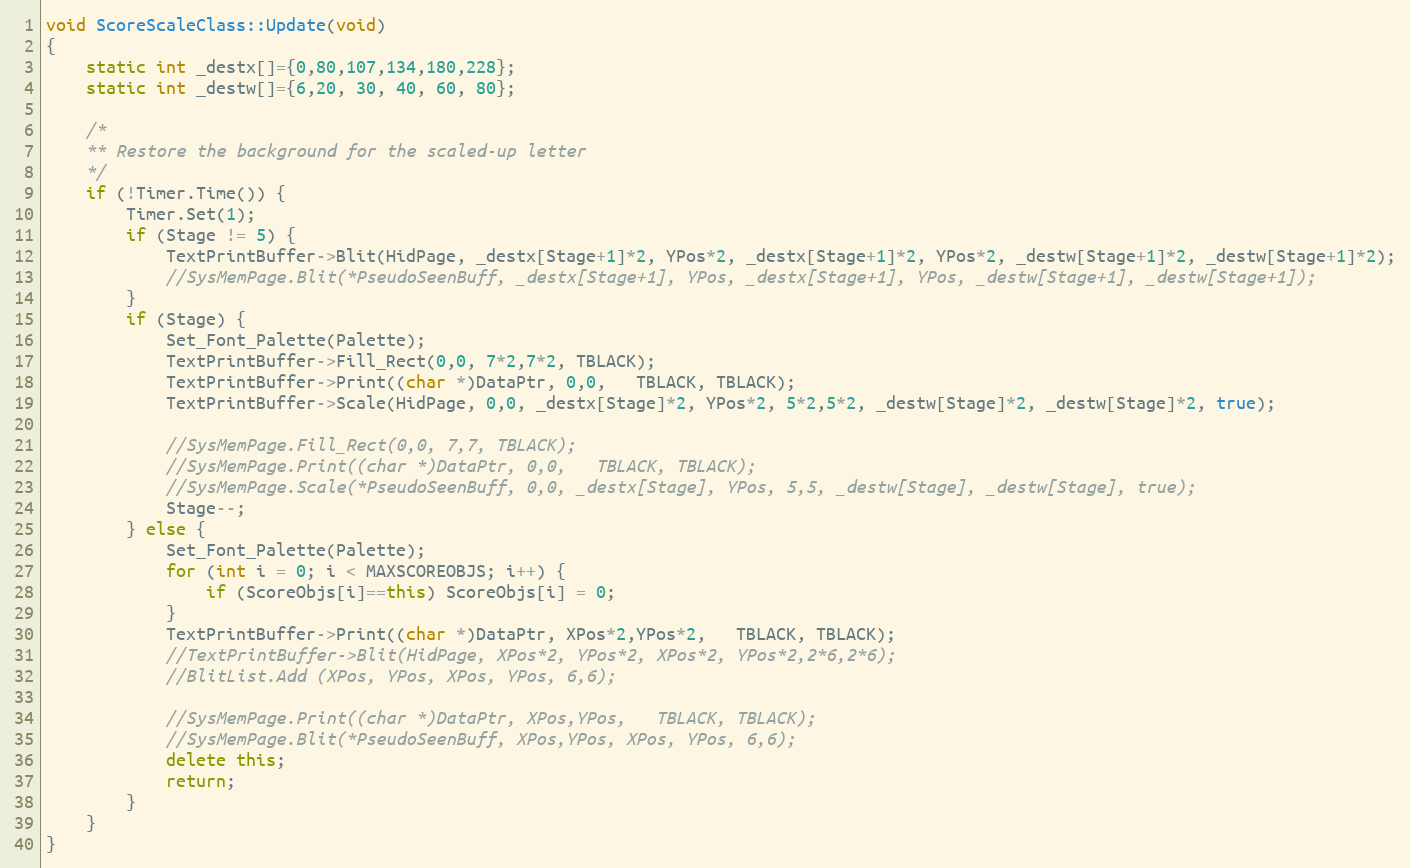
Language: C++
void ScoreScaleClass::Update(void)
{
	static int _destx[]={0,80,107,134,180,228};
	static int _destw[]={6,20, 30, 40, 60, 80};

	/*
	** Restore the background for the scaled-up letter
	*/
	if (!Timer.Time()) {
		Timer.Set(1);
		if (Stage != 5) {
			TextPrintBuffer->Blit(HidPage, _destx[Stage+1]*2, YPos*2, _destx[Stage+1]*2, YPos*2, _destw[Stage+1]*2, _destw[Stage+1]*2);
			//SysMemPage.Blit(*PseudoSeenBuff, _destx[Stage+1], YPos, _destx[Stage+1], YPos, _destw[Stage+1], _destw[Stage+1]);
		}
		if (Stage) {
			Set_Font_Palette(Palette);
			TextPrintBuffer->Fill_Rect(0,0, 7*2,7*2, TBLACK);
			TextPrintBuffer->Print((char *)DataPtr, 0,0,   TBLACK, TBLACK);
			TextPrintBuffer->Scale(HidPage, 0,0, _destx[Stage]*2, YPos*2, 5*2,5*2, _destw[Stage]*2, _destw[Stage]*2, true);

			//SysMemPage.Fill_Rect(0,0, 7,7, TBLACK);
			//SysMemPage.Print((char *)DataPtr, 0,0,   TBLACK, TBLACK);
			//SysMemPage.Scale(*PseudoSeenBuff, 0,0, _destx[Stage], YPos, 5,5, _destw[Stage], _destw[Stage], true);
			Stage--;
		} else {
			Set_Font_Palette(Palette);
			for (int i = 0; i < MAXSCOREOBJS; i++) {
				if (ScoreObjs[i]==this) ScoreObjs[i] = 0;
			}
			TextPrintBuffer->Print((char *)DataPtr, XPos*2,YPos*2,   TBLACK, TBLACK);
			//TextPrintBuffer->Blit(HidPage, XPos*2, YPos*2, XPos*2, YPos*2,2*6,2*6);
			//BlitList.Add (XPos, YPos, XPos, YPos, 6,6);

			//SysMemPage.Print((char *)DataPtr, XPos,YPos,   TBLACK, TBLACK);
			//SysMemPage.Blit(*PseudoSeenBuff, XPos,YPos, XPos, YPos, 6,6);
			delete this;
			return;
		}
	}
}